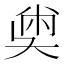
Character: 𡙀